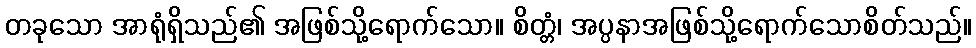
တခုသော အာရုံရှိသည်၏ အဖြစ်သို့ရောက်သော။ စိတ္တံ၊ အပ္ပနာအဖြစ်သို့ရောက်သောစိတ်သည်။